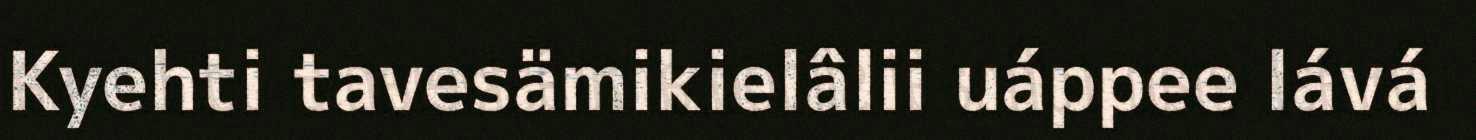
Kyehti tavesämikielâlii uáppee lává